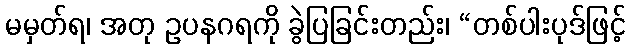
မမှတ်ရ၊ အတု ဥပနဂရကို ခွဲပြခြင်းတည်း၊ “တစ်ပါးပုဒ်ဖြင့်